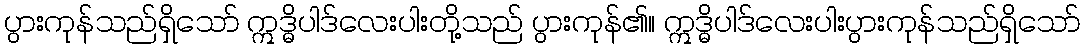
ပွားကုန်သည်ရှိသော် ဣဒ္ဓိပါဒ်လေးပါးတို့သည် ပွားကုန်၏။ ဣဒ္ဓိပါဒ်လေးပါးပွားကုန်သည်ရှိသော်